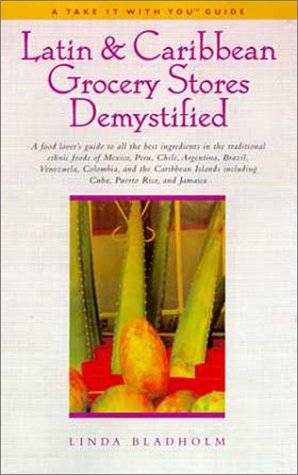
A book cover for Latin & Caribbean Grocery Stores Demystified: A food lover's guide to the best ingredients in the traditional foods of Mexico, Peru, Chile, Argentina, ... Rico, & Jamaica (Take It with You Guides); Linda Bladholm; Cookbooks, Food & Wine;